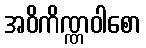
အဝိကိဏ္ဏဝါစော